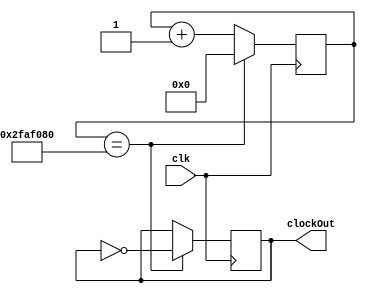
module ClockDivider(clk, clockOut);
	parameter frequency = 50000000;

	input clk;
	output clockOut;
	reg clockOutReg = 0;
	
	assign clockOut = clockOutReg;
	
	reg[31:0] counter = 0;

	always @ (posedge clk) begin
		counter <= counter + 1;
		if(counter == frequency) begin
			clockOutReg <= ~clockOutReg;
			counter <= 32'd0;
		end
	end //always

endmodule